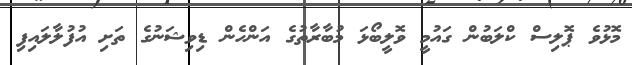
މޮޅުވެ ޕޮލިސް ކްލަބުން ގައުމީ ވޮލީބޯޅަ މުބާރާތުގެ އަންހެން ޑިވިޝަނުގެ ތަށި އުފުލާލައިފި